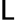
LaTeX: \mathsf{L}